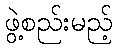
ဖွဲ့စည်းမည့်